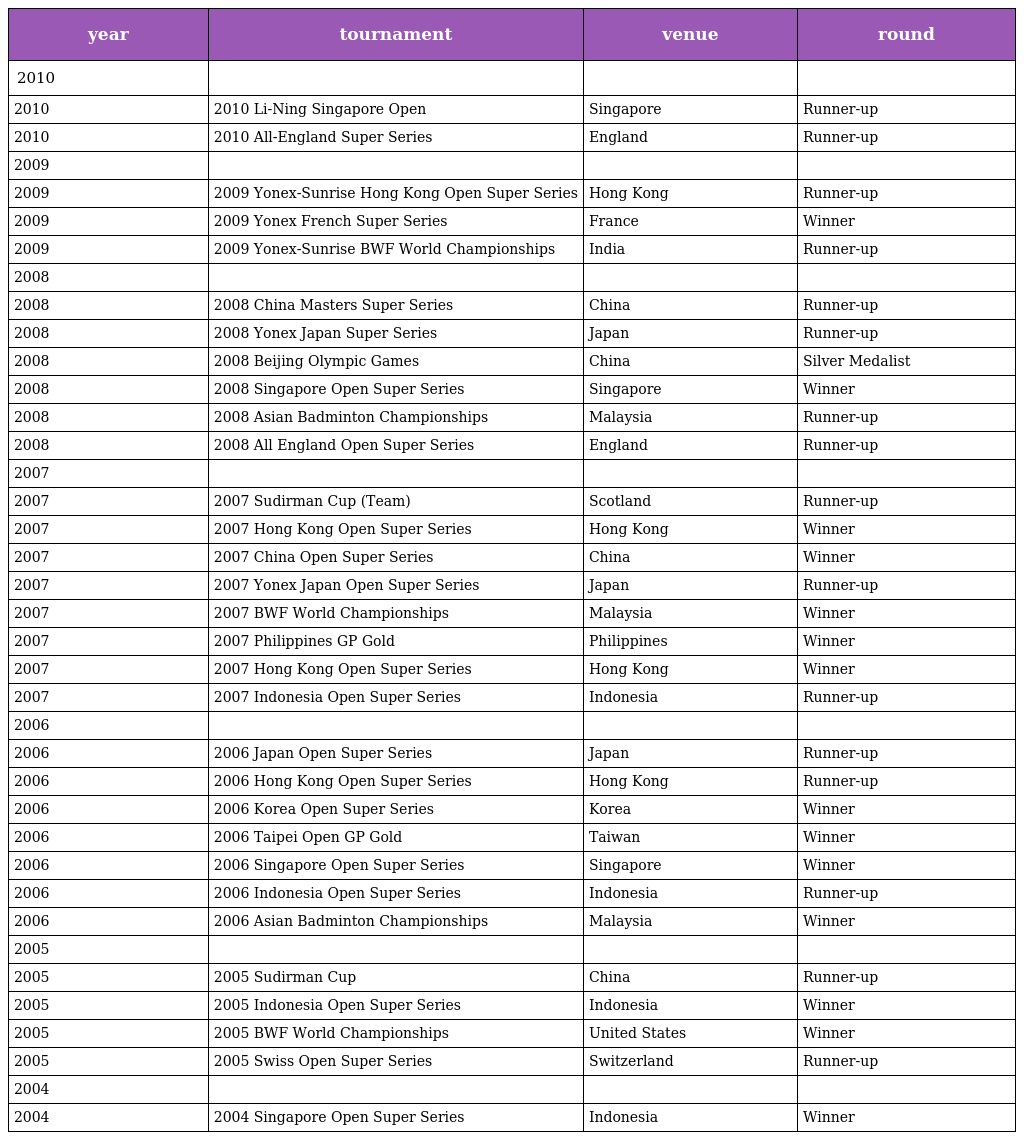
| year | tournament | venue | round |
 | --- | --- | --- | --- |
 | 2010 |  |  |  |
 | 2010 | 2010 Li-Ning Singapore Open | Singapore | Runner-up |
 | 2010 | 2010 All-England Super Series | England | Runner-up |
 | 2009 |  |  |  |
 | 2009 | 2009 Yonex-Sunrise Hong Kong Open Super Series | Hong Kong | Runner-up |
 | 2009 | 2009 Yonex French Super Series | France | Winner |
 | 2009 | 2009 Yonex-Sunrise BWF World Championships | India | Runner-up |
 | 2008 |  |  |  |
 | 2008 | 2008 China Masters Super Series | China | Runner-up |
 | 2008 | 2008 Yonex Japan Super Series | Japan | Runner-up |
 | 2008 | 2008 Beijing Olympic Games | China | Silver Medalist |
 | 2008 | 2008 Singapore Open Super Series | Singapore | Winner |
 | 2008 | 2008 Asian Badminton Championships | Malaysia | Runner-up |
 | 2008 | 2008 All England Open Super Series | England | Runner-up |
 | 2007 |  |  |  |
 | 2007 | 2007 Sudirman Cup (Team) | Scotland | Runner-up |
 | 2007 | 2007 Hong Kong Open Super Series | Hong Kong | Winner |
 | 2007 | 2007 China Open Super Series | China | Winner |
 | 2007 | 2007 Yonex Japan Open Super Series | Japan | Runner-up |
 | 2007 | 2007 BWF World Championships | Malaysia | Winner |
 | 2007 | 2007 Philippines GP Gold | Philippines | Winner |
 | 2007 | 2007 Hong Kong Open Super Series | Hong Kong | Winner |
 | 2007 | 2007 Indonesia Open Super Series | Indonesia | Runner-up |
 | 2006 |  |  |  |
 | 2006 | 2006 Japan Open Super Series | Japan | Runner-up |
 | 2006 | 2006 Hong Kong Open Super Series | Hong Kong | Runner-up |
 | 2006 | 2006 Korea Open Super Series | Korea | Winner |
 | 2006 | 2006 Taipei Open GP Gold | Taiwan | Winner |
 | 2006 | 2006 Singapore Open Super Series | Singapore | Winner |
 | 2006 | 2006 Indonesia Open Super Series | Indonesia | Runner-up |
 | 2006 | 2006 Asian Badminton Championships | Malaysia | Winner |
 | 2005 |  |  |  |
 | 2005 | 2005 Sudirman Cup | China | Runner-up |
 | 2005 | 2005 Indonesia Open Super Series | Indonesia | Winner |
 | 2005 | 2005 BWF World Championships | United States | Winner |
 | 2005 | 2005 Swiss Open Super Series | Switzerland | Runner-up |
 | 2004 |  |  |  |
 | 2004 | 2004 Singapore Open Super Series | Indonesia | Winner |